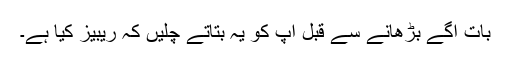
بات آگے بڑھانے سے قبل آپ کو یہ بتاتے چلیں کہ ریبیز کیا ہے۔